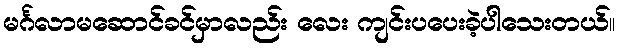
မင်္ဂလာမဆောင်ခင်မှာလည်း လေး ကျင်းပပေးခဲ့ပါသေးတယ်။